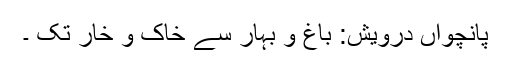
پانچواں درویش: باغ و بہار سے خاک و خار تک ۔